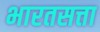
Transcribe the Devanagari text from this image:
भारतसत्ता